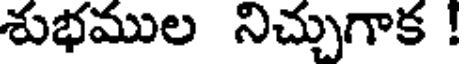
శుభముల నిచ్చుగాక !